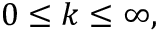
0 \leq k \leq \infty ,